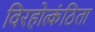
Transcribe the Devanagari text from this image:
विरहोत्कंठिता